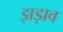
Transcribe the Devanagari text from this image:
झड़ाव